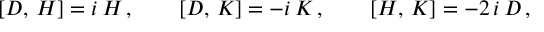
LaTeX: [ { \cal D } , \, { \cal H } ] = i \, { \cal H } \, , \qquad [ { \cal D } , \, { \cal K } ] = - i \, { \cal K } \, , \qquad [ { \cal H } , \, { \cal K } ] = - 2 \, i \, { \cal D } \, ,